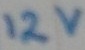
Text: 12V